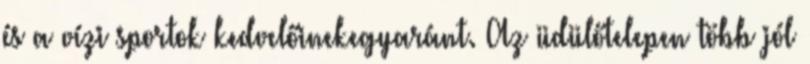
és a vízi sportok kedvelőinekegyaránt. Az üdülőtelepen több jól